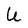
Character: U